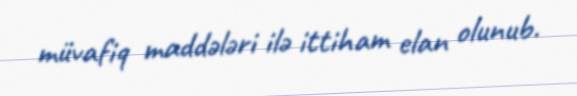
müvafiq maddələri ilə ittiham elan olunub.